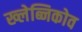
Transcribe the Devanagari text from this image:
ख्लेब्निकोव